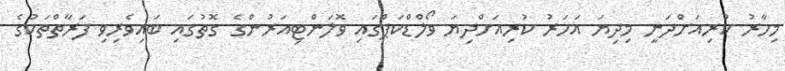
މިހާރު ކުރިއަށްދަނީ މިދިޔަ އަހަރު ކުރިއަށްދިޔަ ވޯލްޑްކަޕްގައި ވޮލަންޓިއަރުންގެ ގޮތުގައި ބައިވެރިވި ފަރާތްތަކުގެ